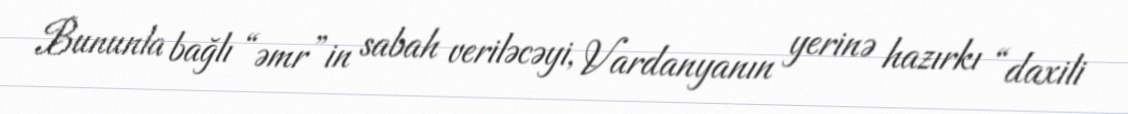
Bununla bağlı “əmr”in sabah veriləcəyi, Vardanyanın yerinə hazırkı “daxili